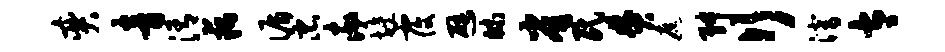
奕音清藕循忠率旌覆避昧雀民焚遮舛行潜太